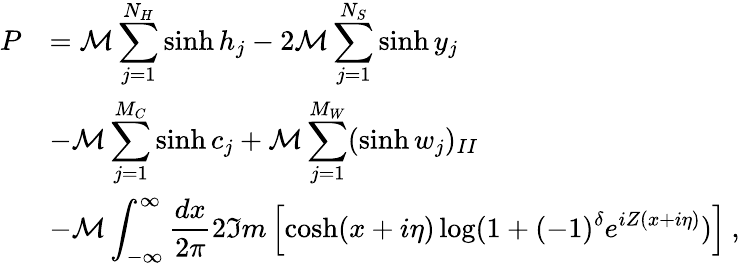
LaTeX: \begin{array}{rl}{{\displaystyle P}}&{{={\cal M}\displaystyle\sum_{j=1}^{N_{H}}\sinh h_{j}-2{\cal M}\displaystyle\sum_{j=1}^{N_{S}}\sinh y_{j}}}\\ {{}}&{{-{\cal M}\displaystyle\sum_{j=1}^{M_{C}}\sinh c_{j}+{\cal M}\displaystyle\sum_{j=1}^{M_{W}}(\sinh w_{j})_{II}}}\\ {{}}&{{-{\cal M}\displaystyle\int_{-\infty}^{\infty}\displaystyle\frac{dx}{2\pi}2\Im m\left[\cosh(x+i\eta)\log(1+(-1)^{\delta}e^{iZ(x+i\eta)})\right]\: ,}}\end{array}